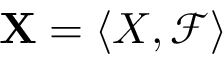
\mathbf { X } = \langle X , { \mathcal { F } } \rangle